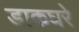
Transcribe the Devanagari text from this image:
डाकघरे